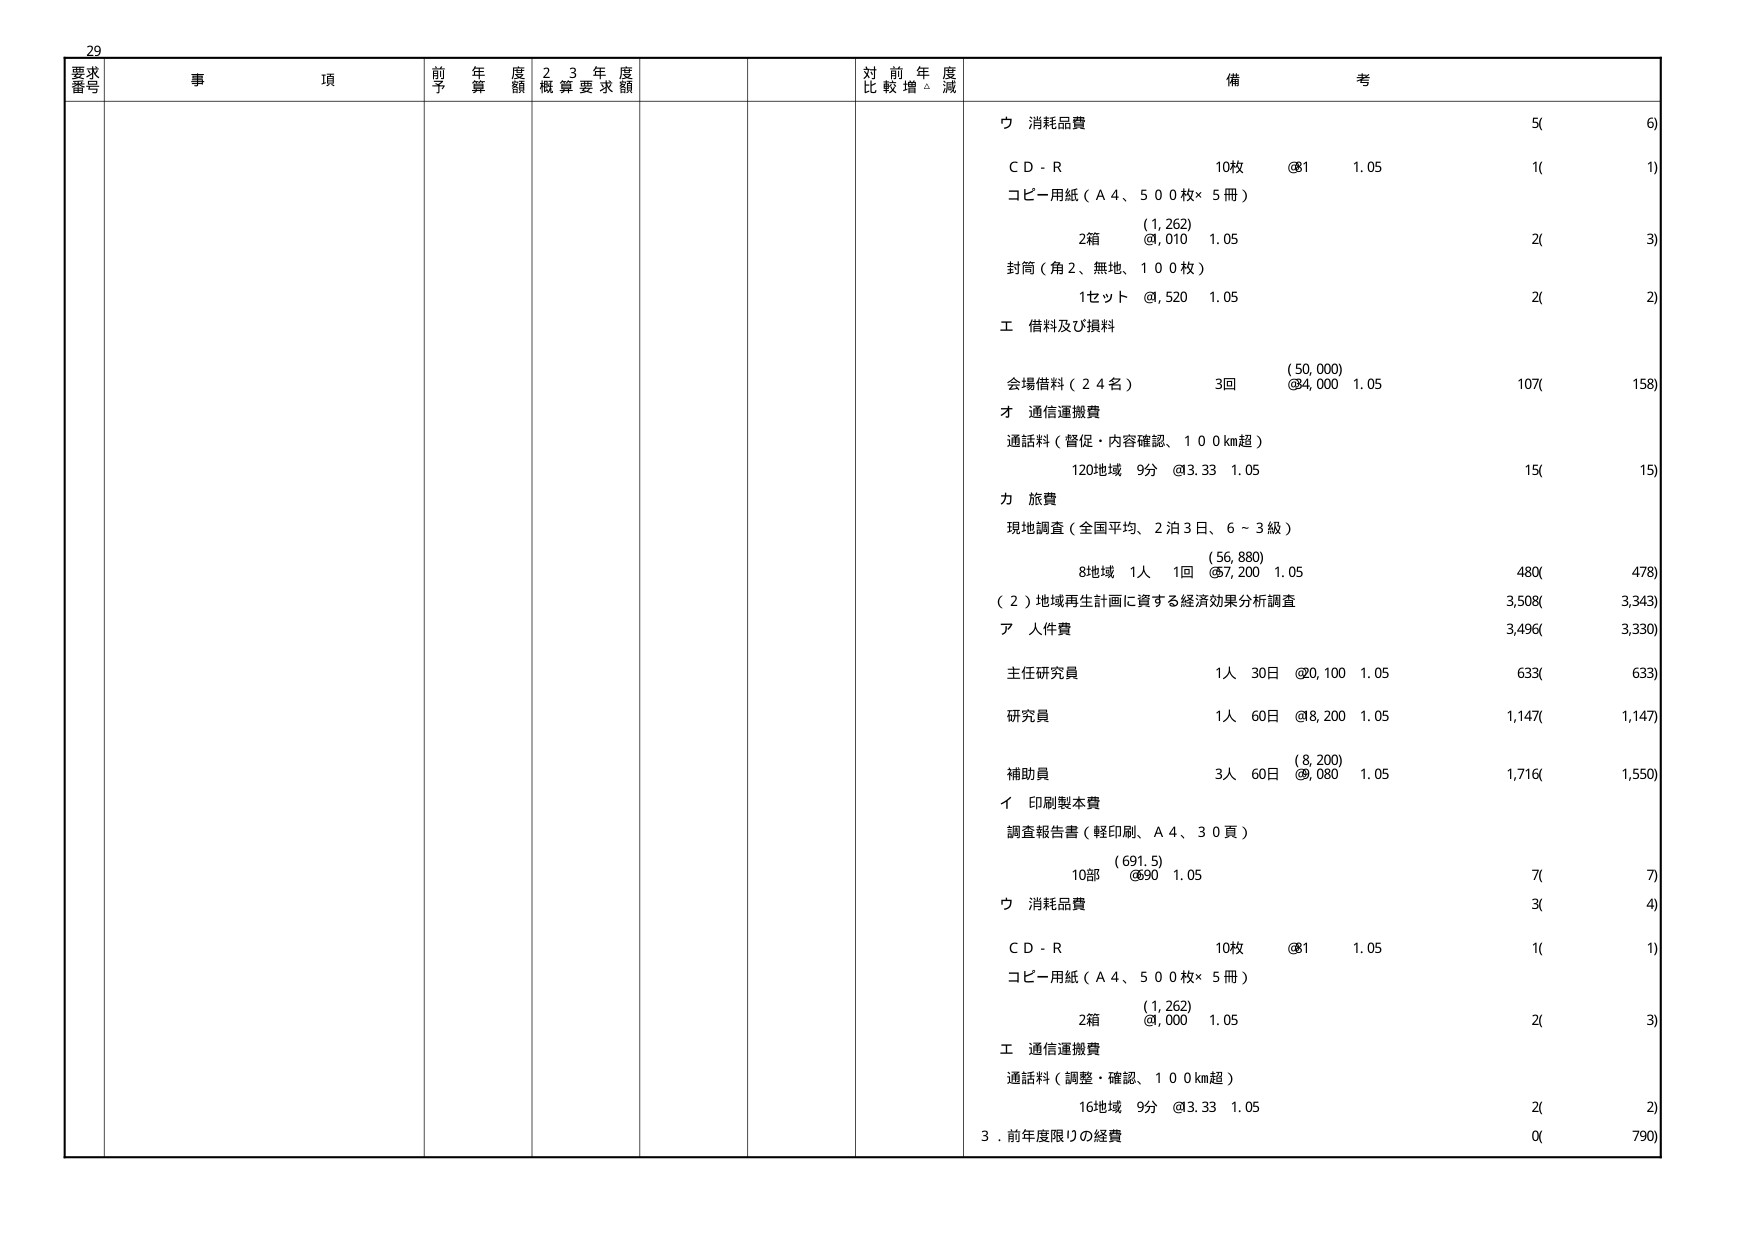
29
要求番号
事項
前年度予算額
23年度概算要求額
対前年度比較増減
備考
ウ 消耗品費
5(
6)
ＣＤ－Ｒ
10枚
@1
1.05
1(
1)
コピー用紙（Ａ４、５００枚×５冊）
(1,262)
2箱
@1,010
1.05
2(
3)
封筒（角２、無地、１００枚）
1セット
@,520
1.05
2(
2)
エ 借料及び損料
(50,000)
会場借料（２４名）
3回
@4,000
1.05
107(
158)
オ 通信運搬費
通話料（督促・内容確認、１００km超）
120地域
9分
@3.33
1.05
15(
15)
カ 旅費
現地調査（全国平均、２泊３日、６～３級）
(56,880)
8地域
1人
1回
@7,200
1.05
480(
478)
（２）地域再生計画に資する経済効果分析調査
3,508(
3,343)
ア 人件費
3,496(
3,330)
主任研究員
1人
30日
@20,100
1.05
633(
633)
研究員
1人
60日
@8,200
1.05
1,147(
1,147)
補助員
(8,200)
3人
60日
@,080
1.05
1,716(
1,550)
イ 印刷製本費
調査報告書（軽印刷、Ａ４、３０頁）
(691.5)
10部
@90
1.05
7(
7)
ウ 消耗品費
3(
4)
ＣＤ－Ｒ
10枚
@1
1.05
1(
1)
コピー用紙（Ａ４、５００枚×５冊）
(1,262)
2箱
@,000
1.05
2(
3)
エ 通信運搬費
通話料（調整・確認、１００km超）
16地域
9分
@3.33
1.05
2(
2)
３．前年度限りの経費
0(
790)